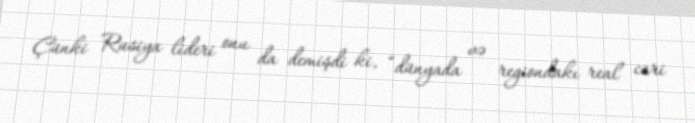
Çünki Rusiya lideri onu da demişdi ki, “dünyada və regiondakı real cari